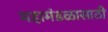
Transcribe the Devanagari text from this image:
महामंडळासाठी